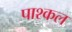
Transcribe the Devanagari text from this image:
पाश्कल